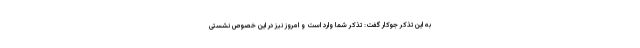
به این تذکر جوکار گفت: تذکر شما وارد است و امروز نیز در این خصوص نشستی